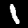
Label: 1